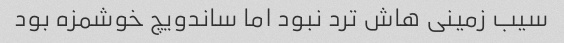
سیب زمینی هاش ترد نبود اما ساندویچ خوشمزه بود